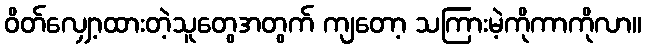
ဝိတ်လျှော့ထားတဲ့သူတွေအတွက် ကျတော့ သကြားမဲ့ကိုကာကိုလာ။